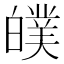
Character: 𤾣